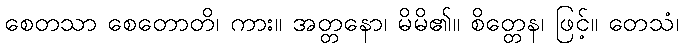
စေတသာ စေတောတိ၊ ကား။ အတ္တနော၊ မိမိ၏။ စိတ္တေန၊ ဖြင့်။ တေသံ၊